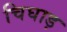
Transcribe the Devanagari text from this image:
चिघाड़